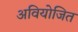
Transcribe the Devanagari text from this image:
अवियोजित